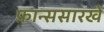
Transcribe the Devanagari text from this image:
फ्रान्ससारखे